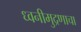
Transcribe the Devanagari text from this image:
ध्वनीमुद्रणाचा